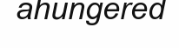
ahungered